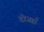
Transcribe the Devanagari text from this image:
दोजहाँ